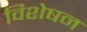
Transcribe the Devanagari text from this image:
विशेषन